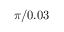
\pi / 0 . 0 3